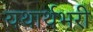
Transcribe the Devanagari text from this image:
यथार्थभरी